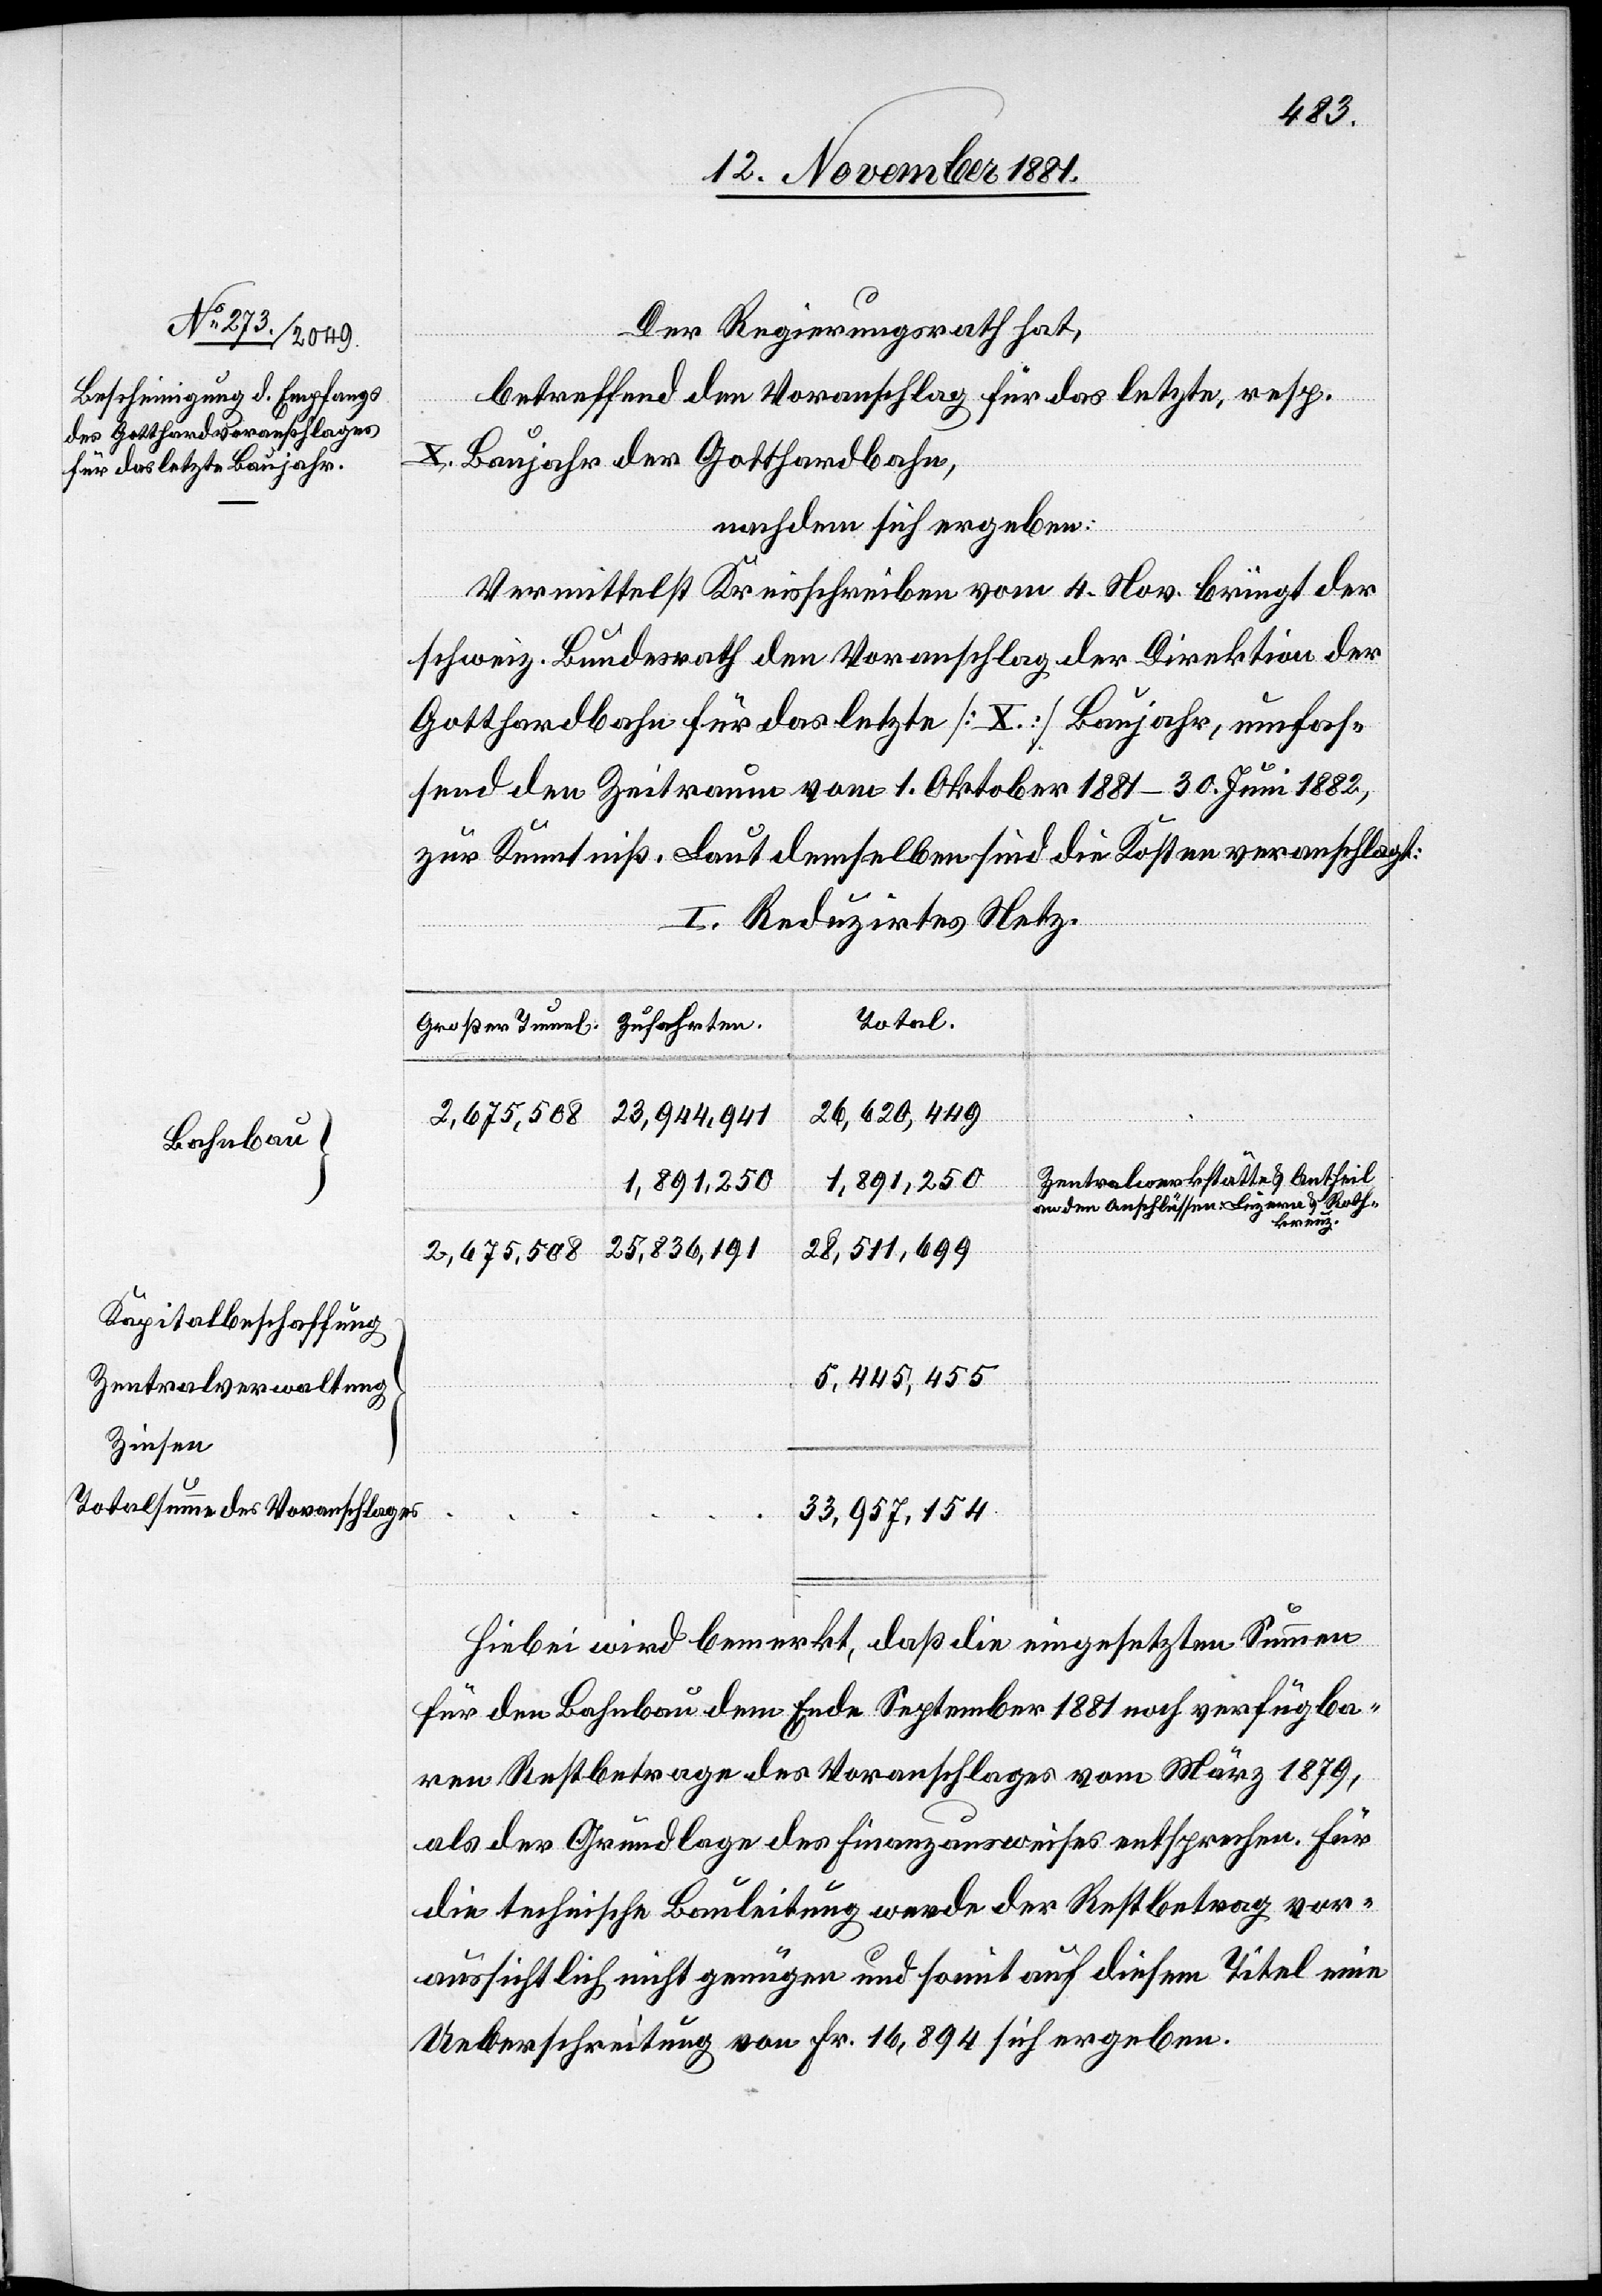
Bahnbau
Kapitalbeschaffung
Zentralverwaltung
Zinsen
Totalsumme des Voranschlages

Der Regierungsrath hat,
betreffend den Voranschlag für das letzte, resp.
X. Baujahr der Gotthardbahn,
nachdem sich ergeben:
Vermittelst Kreisschreiben vom 4. Nov. bringt der
schweiz. Bundesrath den Voranschlag der Direktion der
Gotthardbahn für das letzte [X.] Baujahr, umfas¬
send den Zeitraum vom 1. Oktober 1881–30. Juni 1882,
zur Kenntniß. Laut demselben sind die Kosten veranschlagt:
I. Reduzirtes Netz.
Total
Zufahrten.
Großer Tunnel.
26,620,449
23,944,941
2,675,508
Zentralwerkstätte & Antheil
1,891,250
an den Anschlüssen Luzern & Roth¬
kreuz
28,511,699
25,836,191
5,455,455
33,957,154
Hiebei wird bemerkt, daß die eingesetzten Summen
für den Bahnbau dem Ende September 1881 noch verfügba¬
ren Restbetrage des Voranschlages vom März 1879,
als der Grundlage des Finanzausweises entsprechen. Für
die technische Bauleitung werde der Restbetrag vor¬
aussichtlich nicht genügen und somit auf diesem Titel eine
Ueberschreitung von Fr. 16,894 sich ergeben.